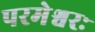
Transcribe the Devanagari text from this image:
परमेश्वरः